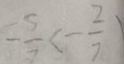
- \frac { 5 } { 7 } < - \frac { 2 } { 7 }